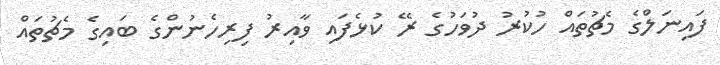
ފައިނަލްގެ މެޗުތައް ހުކުރު ދުވަހުގެ ރޭ ކުޅެފައި ވާއިރު ފިރިހެނުންގެ ބައިގެ މެޗުތައް